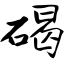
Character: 碣